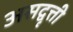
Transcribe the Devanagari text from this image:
असद्वृत्ती